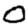
Digit: 0